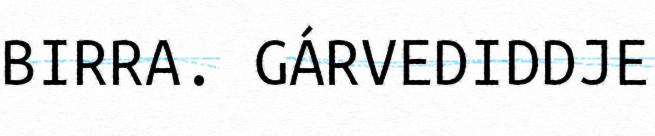
BIRRA. GÁRVEDIDDJE